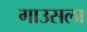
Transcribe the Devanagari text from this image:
गाउसला